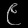
Digit: ၉